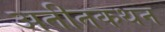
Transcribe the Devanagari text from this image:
अतीतकथन